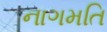
નાગમતિ